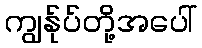
ကျွန်ုပ်တို့အပေါ်